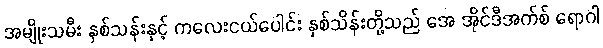
အမျိုးသမီး နှစ်သန်းနှင့် ကလေးငယ်ပေါင်း နှစ်သိန်းတို့သည် အေ အိုင်ဒီအက်စ် ရောဂါ